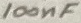
Text: 100nF